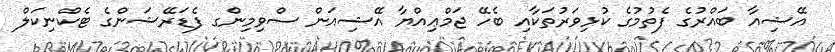
އޭޝިއާ ބައްރުގެ ފެތުމުގެ ކުޅިވަރުތަކާއި ބެހޭ ޖަމްޢިއްޔާ އޭޝިއަން ސްވިމިންގ ފެޑަރޭޝަންގެ ޓެކްނިކަލް